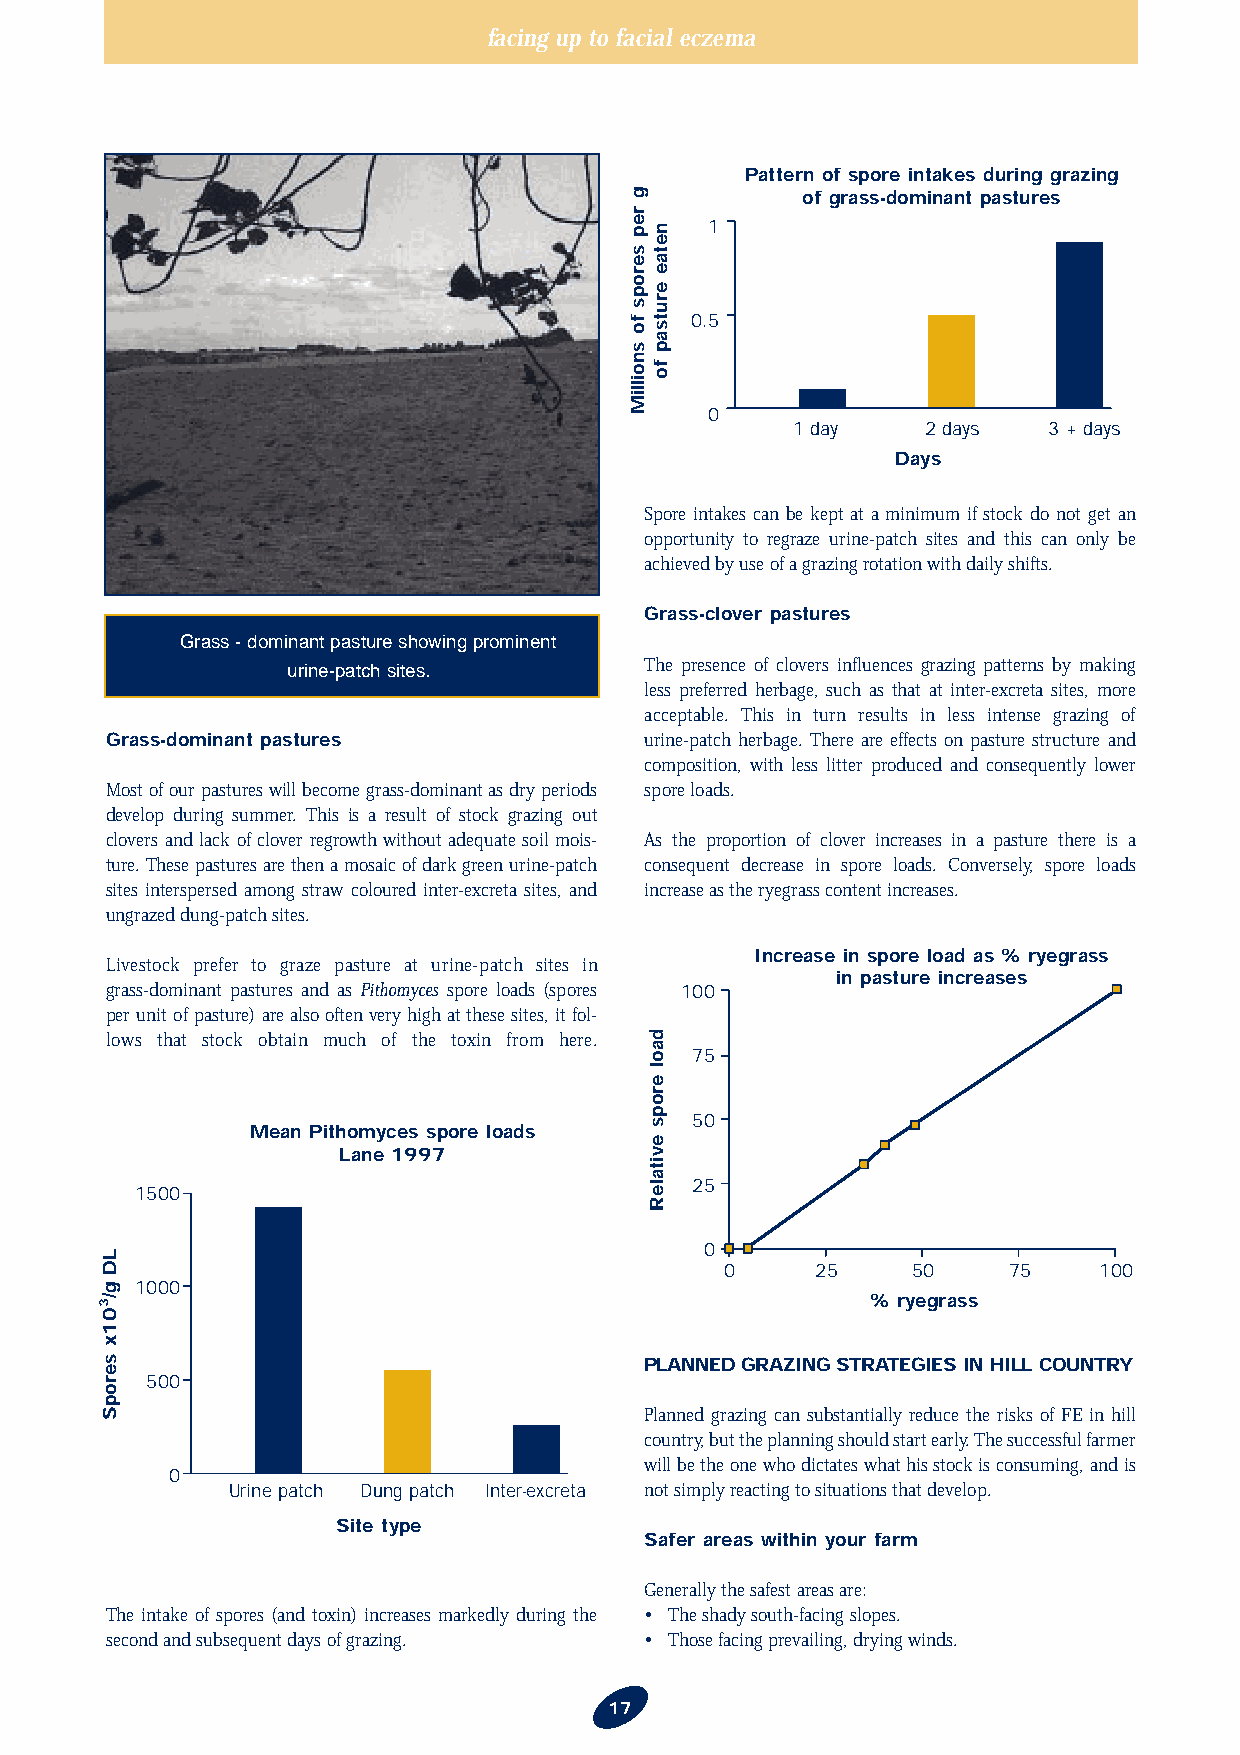
facing up to facial eczema
 Pattern of spore intakes during grazing
 of grass-dominant pastures
 1
 0.5
 0
 1 day    2 days  3 + days
 Days
 Spore intakes can be kept at a minimum if stock do not get an
 opportunity to regraze urine-patch sites and this can only be
 achieved by use of a grazing rotation with daily shifts.
 Grass-clover pastures
 Grass - dominant pasture showing prominent
 urine-patch sites.      The presence of clovers influences grazing patterns by making
 less preferred herbage, such as that at inter-excreta sites, more
 acceptable. This in turn results in less intense grazing of
 Grass-dominant pastures             urine-patch herbage. There are effects on pasture structure and
 composition, with less litter produced and consequently lower
 Most of our pastures will become grass-dominant as dry periods spore loads.
 develop during summer. This is a result of stock grazing out
 clovers and lack of clover regrowth without adequate soil mois- As the proportion of clover increases in a pasture there is a
 ture. These pastures are then a mosaic of dark green urine-patch consequent decrease in spore loads. Conversely, spore loads
 sites interspersed among straw coloured inter-excreta sites, and increase as the ryegrass content increases.
 ungrazed dung-patch sites.
 Increase in spore load as % ryegrass
 Livestock prefer to graze pasture at urine-patch sites in
 in pasture increases
 grass-dominant pastures and as Pithomyces spore loads (spores 100
 per unit of pasture) are also often very high at these sites, it fol-
 lows that stock obtain much of the toxin from here.
 75
 50
 Mean Pithomyces spore loads
 Lane 1997
 25
 1500
 0
 0     25    50     75    100
 1000
 % ryegrass
 PLANNED GRAZING STRATEGIES IN HILL COUNTRY
 500
 Planned grazing can substantially reduce the risks of FE in hill
 country, but the planning should start early. The successful farmer
 will be the one who dictates what his stock is consuming, and is
 0
 Urine patch Dung patch Inter-excreta not simply reacting to situations that develop.
 Site type
 Safer areas within your farm
 Generally the safest areas are:
 The intake of spores (and toxin) increases markedly during the • The shady south-facing slopes.
 second and subsequent days of grazing. • Those facing prevailing, drying winds.
 17
 LD
 g/301x
 seropS
 g
 rep
 serops
 fo
 snoilliM
 netae
 erutsap
 fo
 daol
 erops
 evitaleR